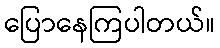
ပြောနေကြပါတယ်။